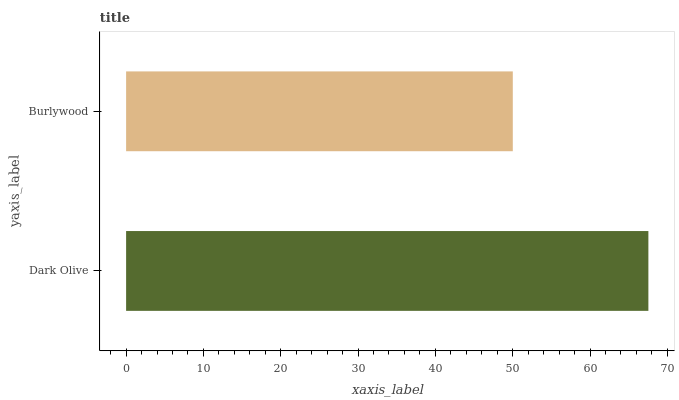
| yaxis_label | bars |
 | --- | --- |
 | Dark Olive | 67.5 |
 | Burlywood | 50 |